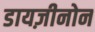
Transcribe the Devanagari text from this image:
डायज़ीनोन